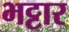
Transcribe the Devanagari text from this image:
भट्टार